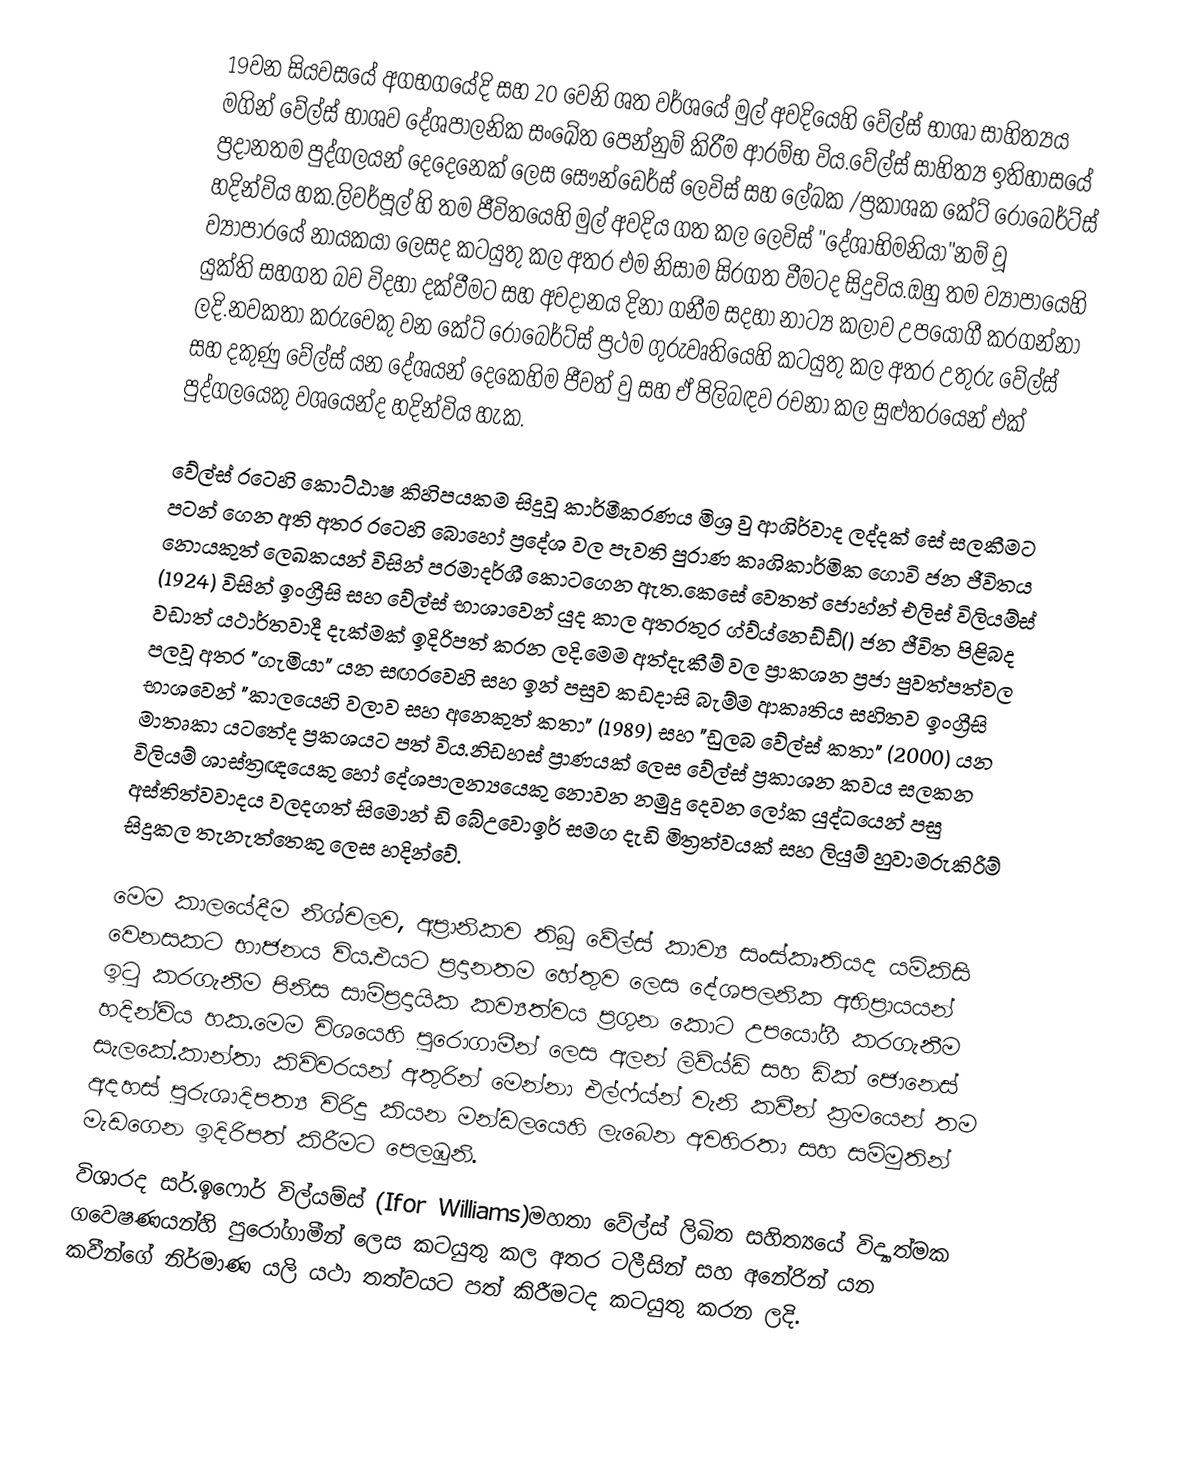
19වන සියවසයේ අගභගයේදි සහ 20 වෙනි ශත වර්ශයේ මුල් අවදියෙහි වේල්ස් භාශා සාහිත්‍යය මගින් වේල්ස් භාශව දේශපාලනික සංඛේත පෙන්නුම් කිරීම ආරම්භ විය.වේල්ස් සාහිත්‍ය ඉතිහාසයේ ප්‍රදානතම පුද්ගලයන් දෙදෙනෙක් ලෙස සෞන්ඩෙර්ස් ලෙවිස් සහ ලේඛක /ප්‍රකාශක කේට් රොබෙර්ට්ස් හදින්විය හක.ලිවර්පූල් හි තම ජීවිතයෙහි මුල් අවදිය ගත කල ලෙවිස් "දේශාභිමනියා"නම් වූ ව්‍යාපාරයේ නායකයා ලෙසද කටයුතු කල අතර එම නිසාම සිරගත වීමටද සිදුවිය.ඔහු තම ව්‍යාපායෙහි යුක්ති සහගත බව විදහා දක්වීමට සහ අවදානය දිනා ගනීම  සදහා නාට්‍ය කලාව උපයෝගී කරගන්නා ලදි.නවකතා කරුවෙකු වන කේට් රොබෙර්ට්ස් ප්‍රථම ගුරුවෘතියෙහි කටයුතු කල අතර උතුරු වේල්ස් සහ දකුණු වේල්ස්  යන දේශයන් දෙකෙහිම ජීවත් වු සහ ඒ පිලිබඳව රචනා කල සුළුතරයෙන් එක් පුද්ගලයෙකු වශයෙන්ද හදින්විය හැක.

වේල්ස් රටෙහි කොට්ඨාෂ කිහිපයකම සිදුවූ කාර්මීකරණය මිශ්‍ර වු ආශිර්වාද ලද්දක් සේ සලකීමට පටන් ගෙන අති අතර  රටෙහි බොහෝ ප්‍රදේශ වල පැවති පුරාණ කෘශිකාර්මික ගොවි ජන ජීවිතය නොයකුත් ලෙඛකයන් විසින් පරමාදර්ශී  කොටගෙන ඇත.කෙසේ වෙතත් ජොහ්න් එලිස් විලියම්ස් (1924) විසින් ඉංග්‍රීසි සහ වේල්ස් භාශාවෙන් යුද කාල අතරතුර  ග්ව්ය්නෙඩ්ඩ්() ජන ජීවිත පිළිබද වඩාත් යථාර්තවාදී දැක්මක්  ඉදිරිපත් කරන ලදි.මෙම අත්දැකීම් වල ප්‍රාකශන ප්‍රජා පුවත්පත්වල පලවූ අතර "ගැමියා" යන සඟරවෙහි සහ ඉන් පසුව කඩදාසි බැම්ම ආකෘතිය සහිතව ඉංග්‍රීසි භාශවෙන් "කාලයෙහි වලාව සහ අනෙකුත් කතා" (1989) සහ "ඩුලබ වේල්ස් කතා" (2000) යන මාතෘකා යටතේද ප්‍රකශයට පත් විය.නිඩහස් ප්‍රාණයක් ලෙස වේල්ස් ප්‍රකාශන කවය සලකන විලියම් ශාස්ත්‍රඥයෙකු හෝ දේශපාලන්‍යයෙකු නොවන නමුදු දෙවන ලෝක යුද්ධයෙන් පසු අස්තිත්වවාදය වලදගත් සිමොන් ඩි බේඋවොඉර් සමග දැඩි මිත්‍රත්වයක් සහ ලියුම් හුවාමරුකිරීම්  සිදුකල තැනැත්තෙකු  ලෙස හදින්වේ.

මෙම කාලයේදීම නිශ්චලව, අප්‍රානිකව තිබූ වේල්ස් කාව්‍ය සංස්කෘතියද යම්කිසි වෙනසකට භාජනය විය.එයට ප්‍රදානතම හේතුව ලෙස දේශපලනික අභිප්‍රායයන් ඉටු කරගැනීම පිනිස සාම්ප්‍රදායික කව්‍යත්වය ප්‍රගුන කොට උපයෝගී කරගැනීම  හදින්විය හක.මෙම විශයෙහි පුරොගාමීන් ලෙස අලන් ලිව්ය්ඩ් සහ ඩික් ජොනෙස් සැලකේ.කාන්තා කිවිවරයන් අතුරින් මෙන්නා එල්ෆ්ය්න්  වැනි කවීන් ක්‍රමයෙන් තම අදහස් පුරුශාදිපත්‍ය විරිදු කියන මන්ඩලයෙහි ලැබෙන  අවහිරතා සහ සම්මුතින් මැඩගෙන ඉදිරිපත් කිරීමට පෙලඹුනි.
විශාරද සර්.ඉෆොර් විල්යම්ස් (Ifor Williams)මහතා වේල්ස් ලිඛිත සහිත්‍යයේ විද්‍යාත්මක ගවෙෂණයන්හි  පුරෝගාමීන් ලෙස කටයුතු කල අතර ටලීසින් සහ අනේරින් යන කවීන්ගේ නිර්මාණ යලි යථා තත්වයට පත් කිරීමටද කටයුතු කරන ලදි.